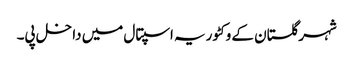
شہر گلستان کے وکٹوریہ اسپتال میں داخل پی۔